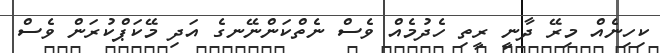
ކިހިނެއް މިރޭ ދާނީ ރީތި ހެދުމެއް ވެސް ނެތްކަންނޭނގެ އަދި މޭކަޕްކުރަން ވެސް